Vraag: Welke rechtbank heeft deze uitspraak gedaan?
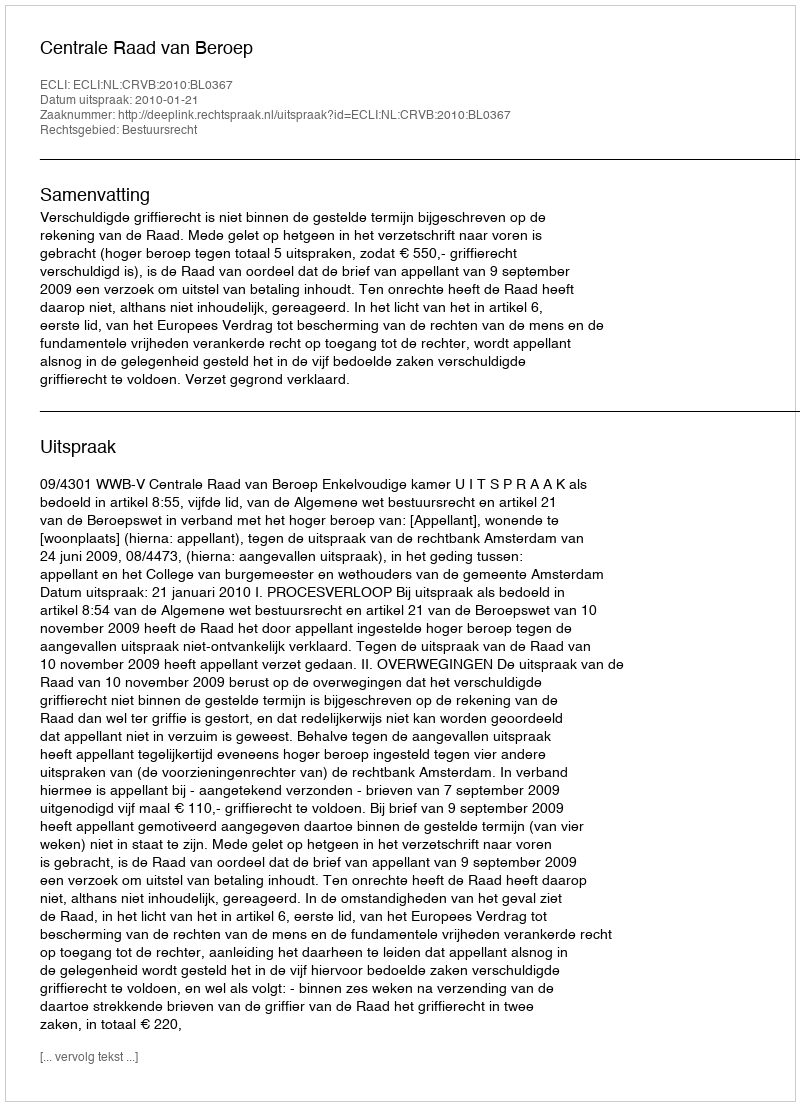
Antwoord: Centrale Raad van Beroep